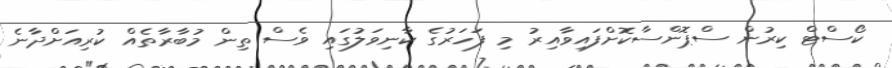
ކޯސްޓް ކިރުން ސްޕޮންސާކޮށްފައިވާއިރު މި ފަހަރުގެ ކާނިވަލުގައި ވެސް ތިން މުބާރާތެއް ކުރިއަށްދާނެ